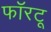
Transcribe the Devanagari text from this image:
फॉरटू